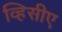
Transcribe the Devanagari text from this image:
व्हिसीए